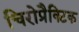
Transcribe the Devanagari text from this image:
चिरोप्रैक्टिक